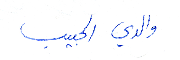
والدي الحبيب